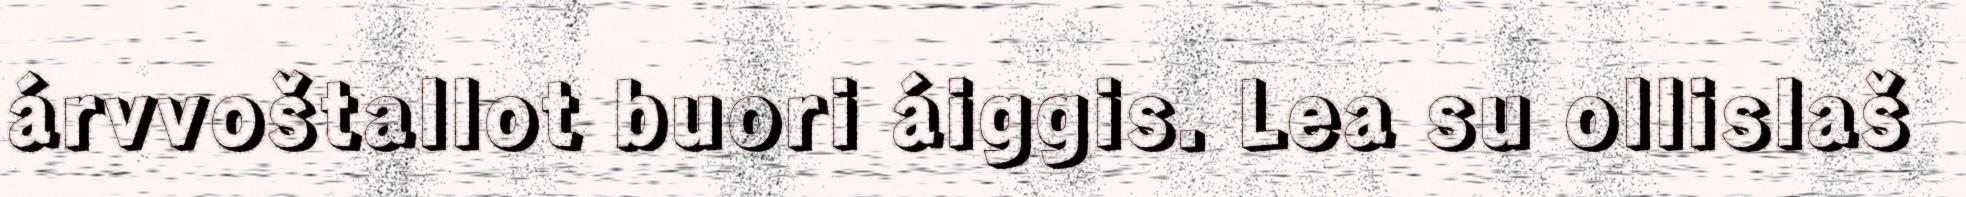
árvvoštallot buori áiggis. Lea su ollislaš